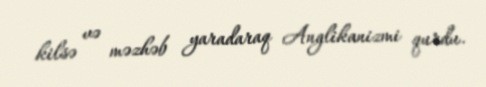
kilsə və məzhəb yaradaraq Anglikanizmi qurdu.